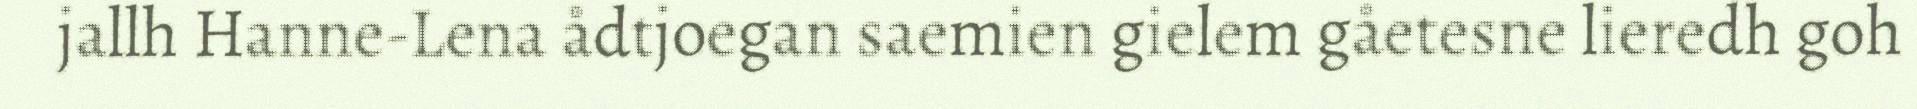
jallh Hanne-Lena ådtjoegan saemien gielem gåetesne lieredh goh